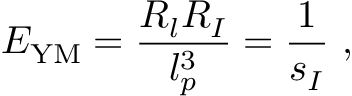
E _ { \mathrm { Y M } } = \frac { R _ { l } R _ { I } } { l _ { p } ^ { 3 } } = \frac { 1 } { s _ { I } } \ ,